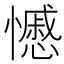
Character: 𭟍